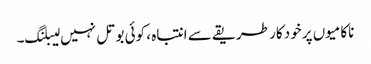
ناکامیوں پر خود کار طریقے سے انتباہ ، کوئی بوتل نہیں لیبلنگ۔